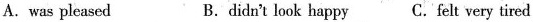
A.was pleased B.didn't look happy C. Felt very tired